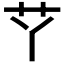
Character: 𱽋